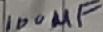
Text: 100µF